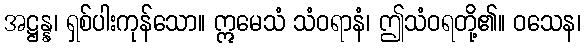
အဋ္ဌန္န၊ ရှစ်ပါးကုန်သော။ ဣမေသံ သံဝရာနံ၊ ဤသံဝရတို့၏။ ဝသေန၊